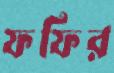
ফফির